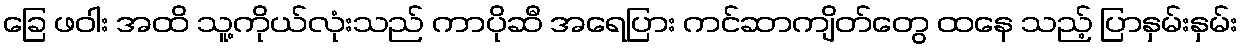
ခြေ ဖဝါး အထိ သူ့ကိုယ်လုံးသည် ကာပိုဆီ အရေပြား ကင်ဆာကျိတ်တွေ ထနေ သည့် ပြာနှမ်းနှမ်း